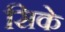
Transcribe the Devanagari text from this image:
सिके